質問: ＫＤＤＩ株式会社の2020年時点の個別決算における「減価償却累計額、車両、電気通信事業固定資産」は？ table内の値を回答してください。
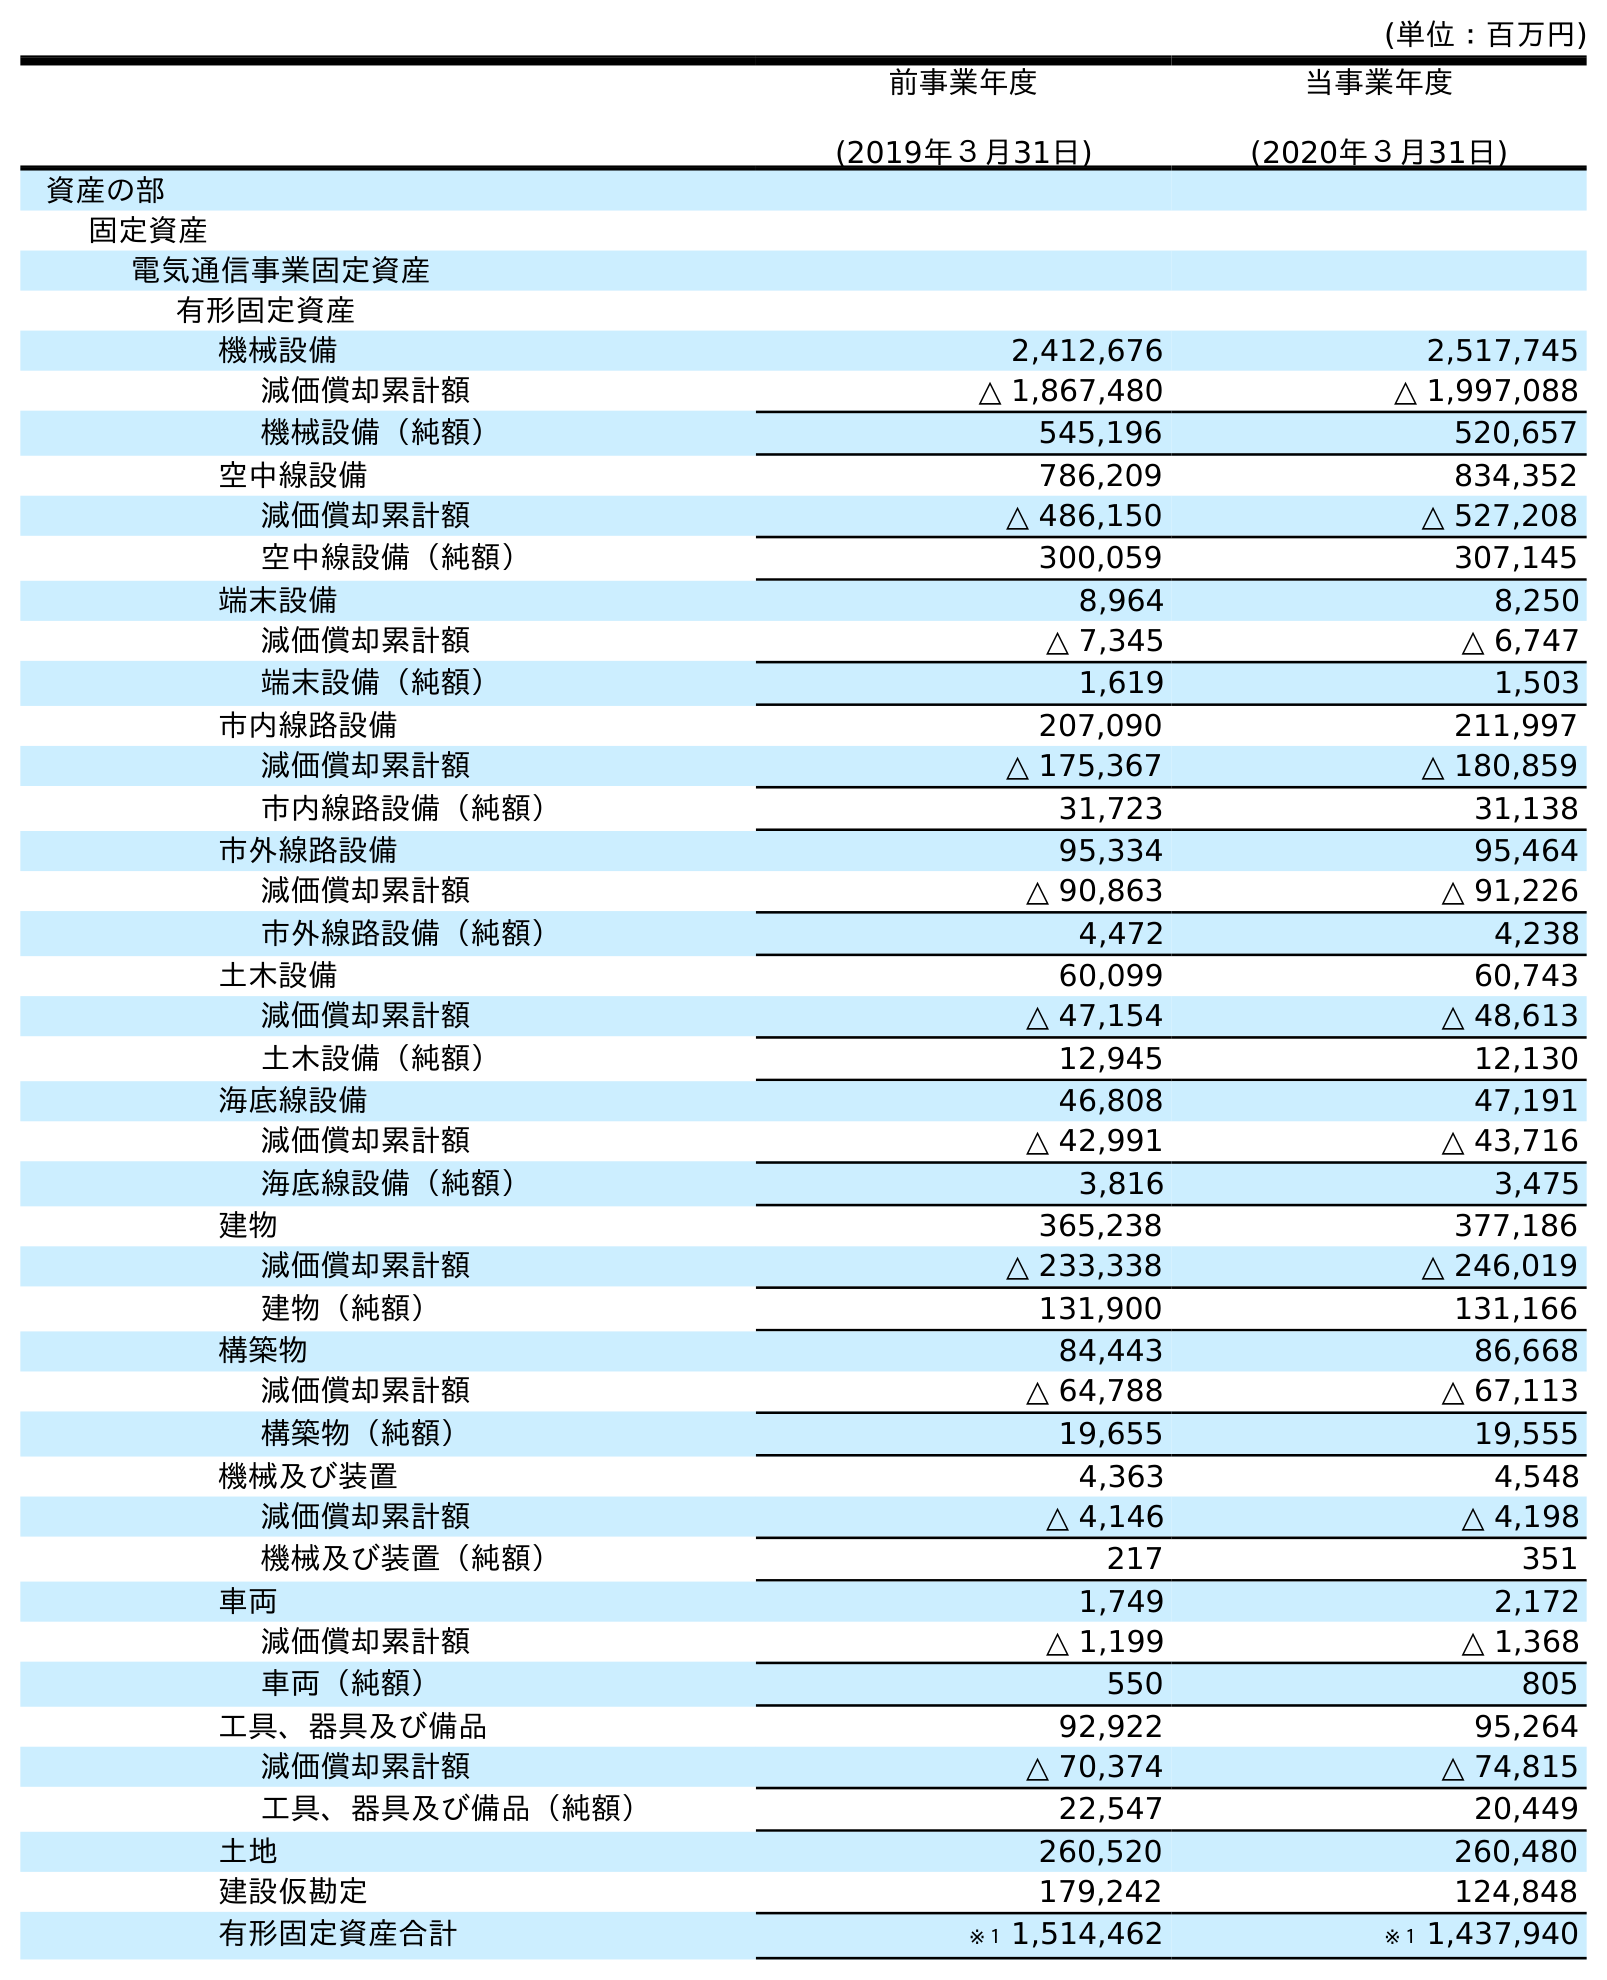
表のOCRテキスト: (単位：百万円) 前事業年度 (2019年３月31日) 当事業年度 (2020年３月31日) 資産の部 固定資産 電気通信事業固定資産 有形固定資産 機械設備 2,412,676 2,517,745 減価償却累計額 △ 1,867,480 △ 1,997,088 機械設備（純額） 545,196 520,657 空中線設備 786,209 834,352 減価償却累計額 △ 486,150 △ 527,208 空中線設備（純額） 300,059 307,145 端末設備 8,964 8,250 減価償却累計額 △ 7,345 △ 6,747 端末設備（純額） 1,619 1,503 市内線路設備 207,090 211,997 減価償却累計額 △ 175,367 △ 180,859 市内線路設備（純額） 31,723 31,138 市外線路設備 95,334 95,464 減価償却累計額 △ 90,863 △ 91,226 市外線路設備（純額） 4,472 4,238 土木設備 60,099 60,743 減価償却累計額 △ 47,154 △ 48,613 土木設備（純額） 12,945 12,130 海底線設備 46,808 47,191 減価償却累計額 △ 42,991 △ 43,716 海底線設備（純額） 3,816 3,475 建物 365,238 377,186 減価償却累計額 △ 233,338 △ 246,019 建物（純額） 131,900 131,166 構築物 84,443 86,668 減価償却累計額 △ 64,788 △ 67,113 構築物（純額） 19,655 19,555 機械及び装置 4,363 4,548 減価償却累計額 △ 4,146 △ 4,198 機械及び装置（純額） 217 351 車両 1,749 2,172 減価償却累計額 △ 1,199 △ 1,368 車両（純額） 550 805 工具、器具及び備品 92,922 95,264 減価償却累計額 △ 70,374 △ 74,815 工具、器具及び備品（純額） 22,547 20,449 土地 260,520 260,480 建設仮勘定 179,242 124,848 有形固定資産合計 ※１ 1,514,462 ※１ 1,437,940
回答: △1,368